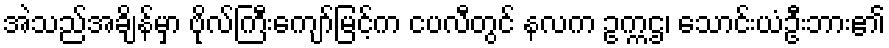
အဲသည်အချိန်မှာ ဗိုလ်ကြီးကျော်မြင့်က ငပလီတွင် နလက ဥက္ကဌ၊ သောင်းယံဦးဘား၏